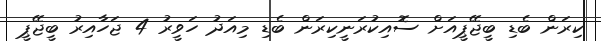
ކިރަން ބެޑި ބީޖޭޕީއަށް ސޮއިކުރަނީކިރަން ބެޑި މިއަދު ހަވީރު 4 ޖަހާއިރު ބީޖޭޕީ